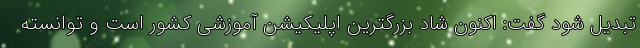
تبدیل شود گفت: اکنون شاد بزرگترین اپلیکیشن آموزشی کشور است و توانسته